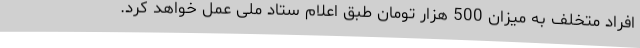
افراد متخلف به میزان 500 هزار تومان طبق اعلام ستاد ملی عمل خواهد کرد.